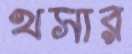
খসার